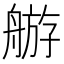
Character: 䑻